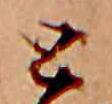
と